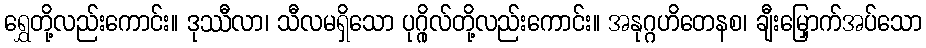
ရွှေတို့လည်းကောင်း။ ဒုဿီလာ၊ သီလမရှိသော ပုဂ္ဂိုလ်တို့လည်းကောင်း။ အနုဂ္ဂဟိတေနစ၊ ချီးမြှောက်အပ်သော